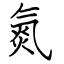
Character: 氮